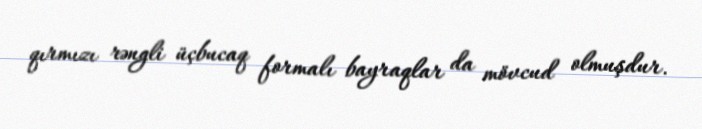
qırmızı rəngli üçbucaq formalı bayraqlar da mövcud olmuşdur.